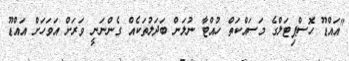
"އައްޑޫ ހޮސްޕިޓަލްގެ މަސައްކަތް ހުއްޓާ ނުލަން ބަދަލުތަކެއް ގެންނަނީ ވަރަށް އަވަހަށް އައްޑޫ